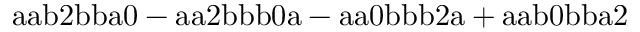
\mathrm { a a b 2 b b a 0 - a a 2 b b b 0 a - a a 0 b b b 2 a + a a b 0 b b a 2 }